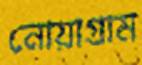
নোয়াগ্রাম